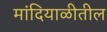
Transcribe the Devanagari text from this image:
मांदियाळीतील